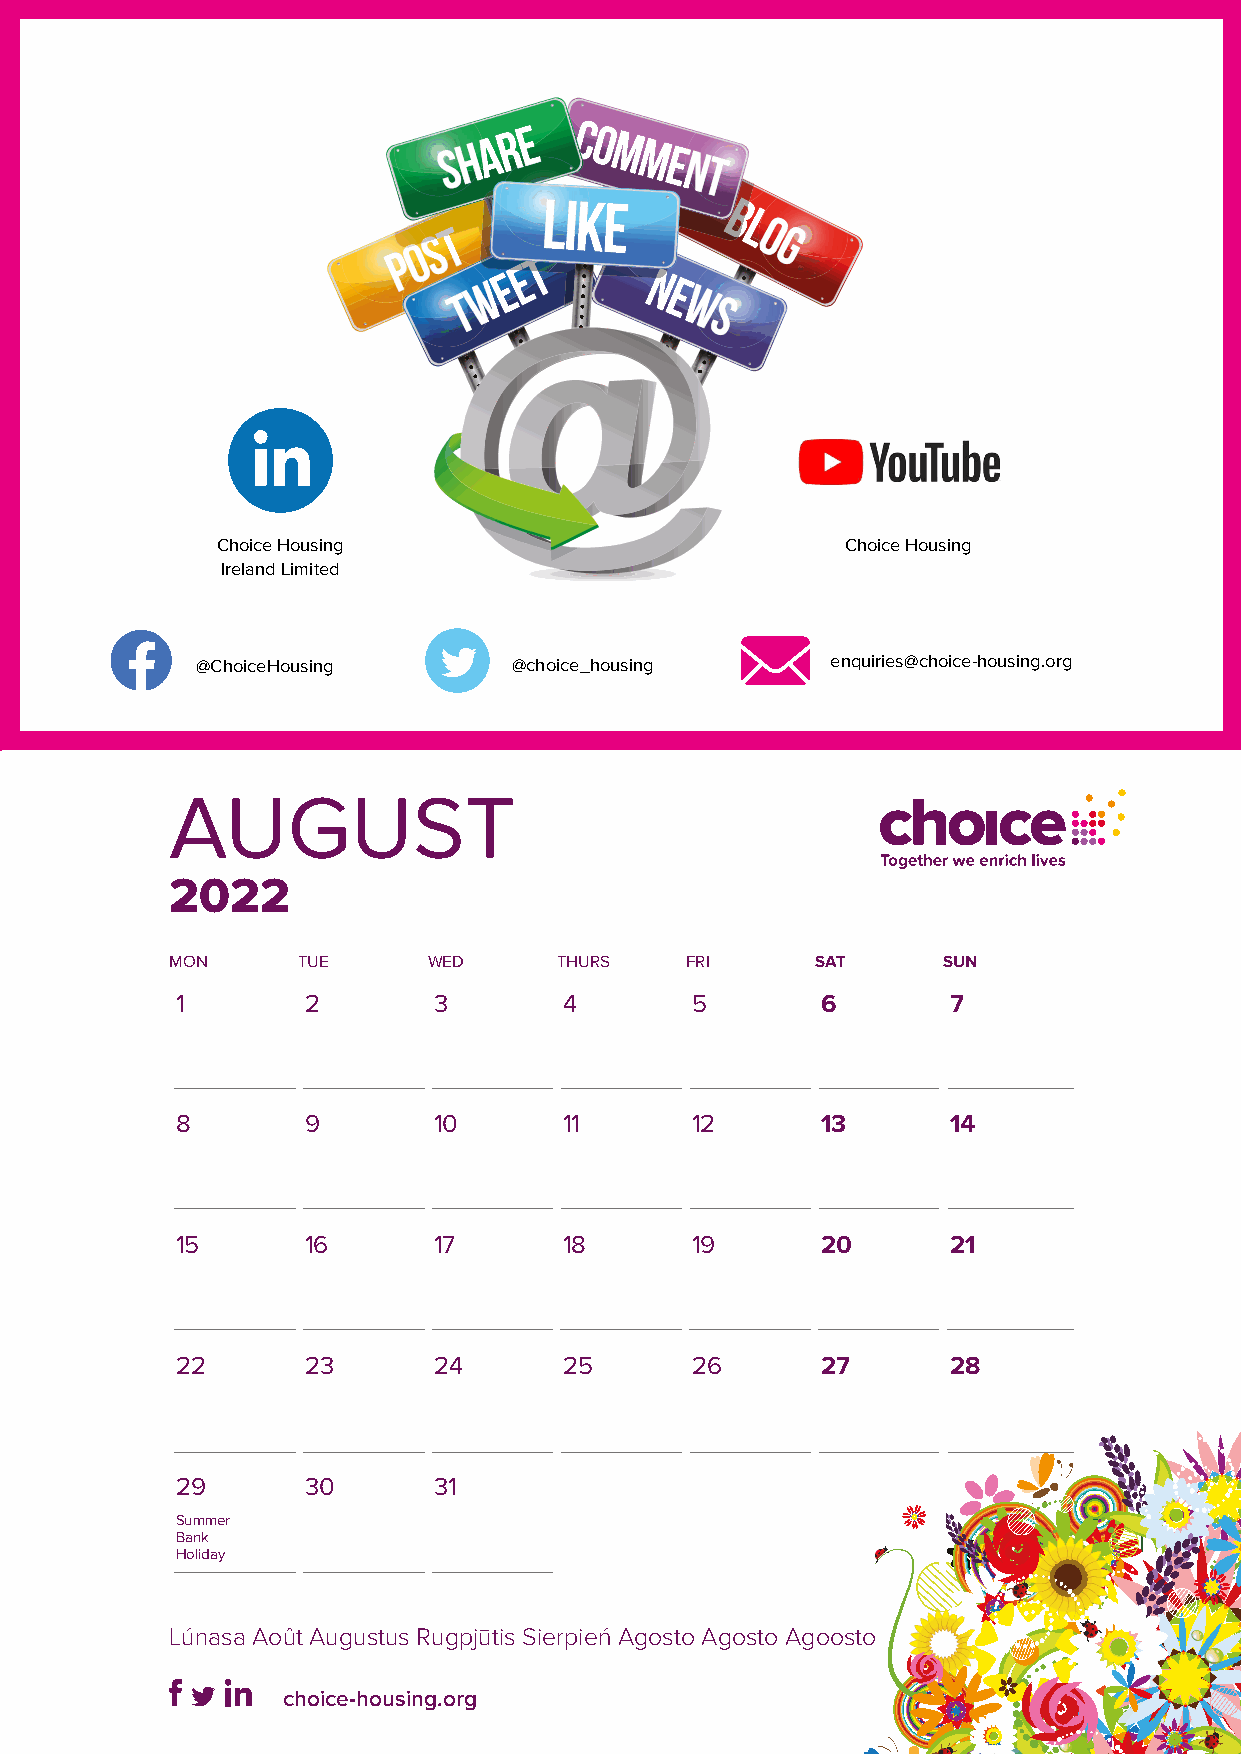
Choice Housing                            Choice Housing
 Ireland Limited
 @ChoiceHousing       @choice_housing      enquiries@choice-housing.org
 AUGUST
 2022
 MON      TUE     WED      THURS   FRI      SAT     SUN
 1       2        3       4        5       6        7
 8       9        10      11       12      13       14
 15      16       17      18       19      20       21
 22      23       24      25       26      27       28
 29      30       31
 Summer
 Bank
 Holiday
 Lúnasa Août Augustus Rugpjūtis Sierpień Agosto Agosto Agoosto
 choice-housing.org